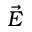
\vec { E }